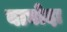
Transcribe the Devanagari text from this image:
वाघोदा